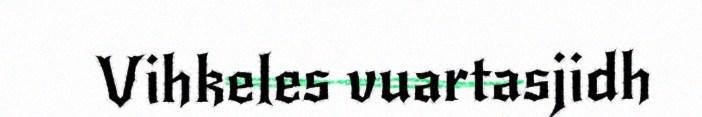
Vihkeles vuartasjidh